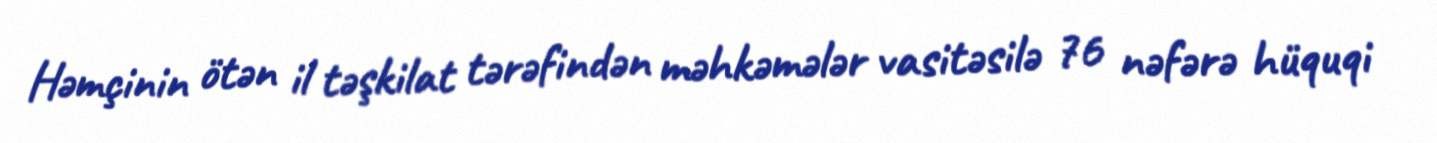
Həmçinin ötən il təşkilat tərəfindən məhkəmələr vasitəsilə 76 nəfərə hüquqi